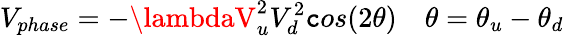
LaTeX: V_{phase}=-\lambdaV_{u}^{2}V_{d}^{2}\mathtt{c}os(2\theta)\quad\theta=\theta_{u}-\theta_{d}